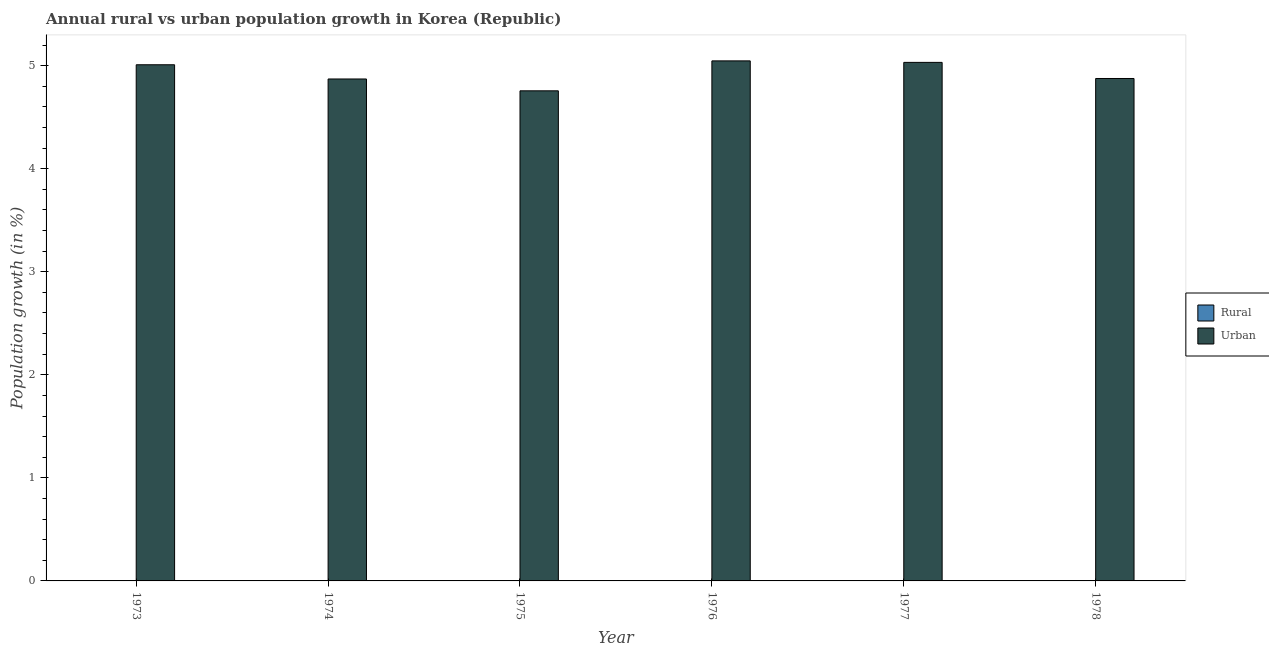
| Year | Rural | Urban  |
 | --- | --- | --- |
 | 1973 | -0.821 | 5.01 |
 | 1974 | -0.962 | 4.87 |
 | 1975 | -1.08 | 4.76 |
 | 1976 | -1.7 | 5.05 |
 | 1977 | -2 | 5.03 |
 | 1978 | -2.17 | 4.88 |